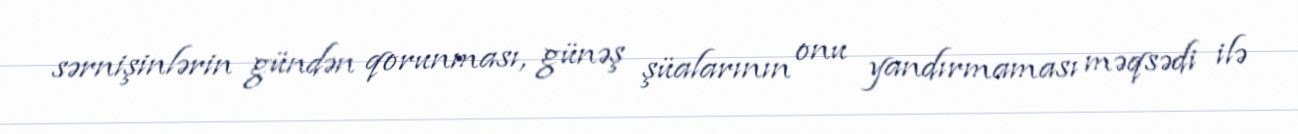
sərnişinlərin gündən qorunması, günəş şüalarının onu yandırmaması məqsədi ilə